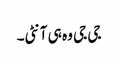
جی جی وہ ہی آنٹی۔